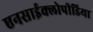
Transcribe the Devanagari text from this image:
एनसाईक्लोपीडिया